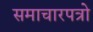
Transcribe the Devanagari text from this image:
समाचारपत्रो